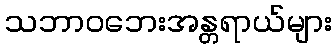
သဘာဝဘေးအန္တရာယ်များ